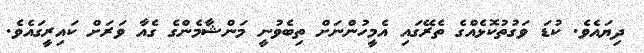
ދިޔައެވެ. ކުޑަ ވަގުތުކޮޅެއްގެ ތެރޭގައި އެމީހުންނަށް ތިބެވުނީ މަންޝާމެެންގެ ގެއާ ވަރަށް ކައިރީގައެވެ.